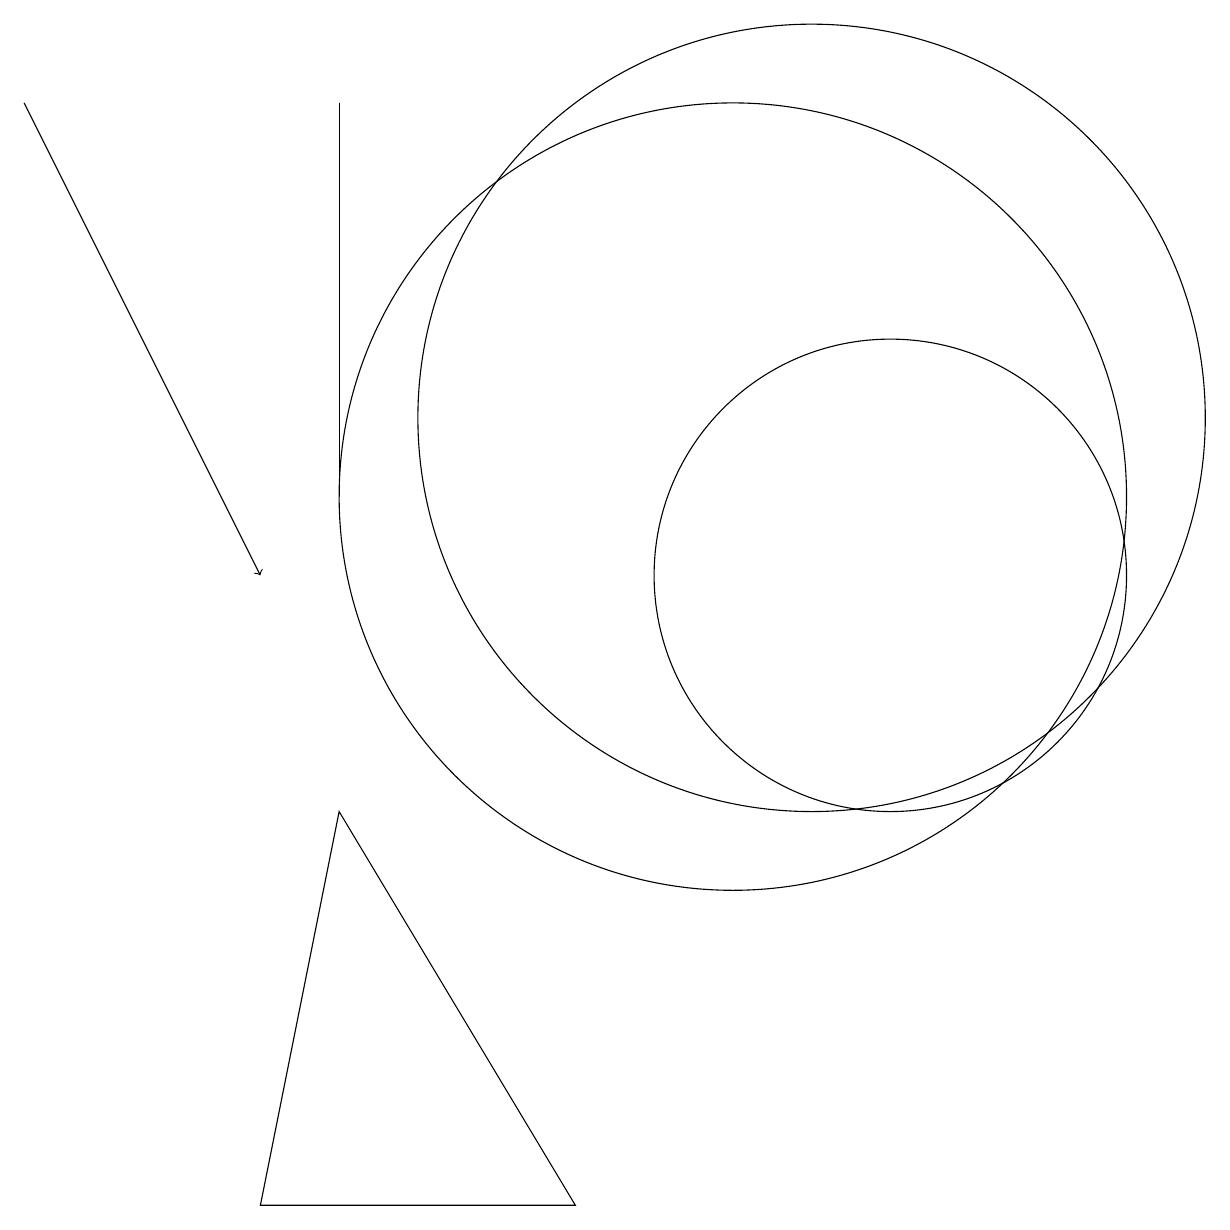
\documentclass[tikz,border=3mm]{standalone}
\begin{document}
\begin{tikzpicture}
\draw[->] (1,16) -- (4,10);
\draw (5,7) -- (8,2) -- (4,2) -- cycle;
\draw (11,12) circle (5);
\draw (11,11) circle (0);
\draw (10,11) circle (5);
\draw (12,10) circle (3);
\draw (5,11) rectangle (5,16);
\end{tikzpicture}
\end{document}